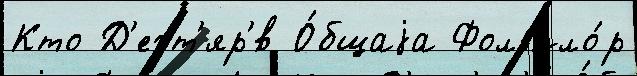
Кто Д'егт'яр'́в О́бщаjа Фолькло́р